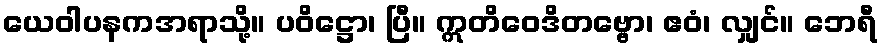
ယေဝါပနကအရာသို့။ ပဝိဋ္ဌော၊ ပြီ။ ဣတိဝေဒိတဗ္ဗော၊ ဧဝံ၊ လျှင်။ ဘေရီ